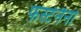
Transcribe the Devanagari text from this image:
फर्स्टनैनो